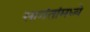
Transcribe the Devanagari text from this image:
सामंतांमध्ये